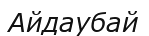
Айдаубай